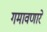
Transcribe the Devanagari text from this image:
गमावणारे